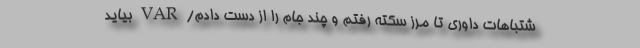
شتباهات داوری تا مرز سکته رفتم و چند جام را از دست دادم/ VAR بیاید